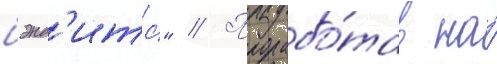
бэнд'итс" // Прорабо́тав на́